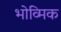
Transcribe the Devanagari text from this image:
भोव्मिक